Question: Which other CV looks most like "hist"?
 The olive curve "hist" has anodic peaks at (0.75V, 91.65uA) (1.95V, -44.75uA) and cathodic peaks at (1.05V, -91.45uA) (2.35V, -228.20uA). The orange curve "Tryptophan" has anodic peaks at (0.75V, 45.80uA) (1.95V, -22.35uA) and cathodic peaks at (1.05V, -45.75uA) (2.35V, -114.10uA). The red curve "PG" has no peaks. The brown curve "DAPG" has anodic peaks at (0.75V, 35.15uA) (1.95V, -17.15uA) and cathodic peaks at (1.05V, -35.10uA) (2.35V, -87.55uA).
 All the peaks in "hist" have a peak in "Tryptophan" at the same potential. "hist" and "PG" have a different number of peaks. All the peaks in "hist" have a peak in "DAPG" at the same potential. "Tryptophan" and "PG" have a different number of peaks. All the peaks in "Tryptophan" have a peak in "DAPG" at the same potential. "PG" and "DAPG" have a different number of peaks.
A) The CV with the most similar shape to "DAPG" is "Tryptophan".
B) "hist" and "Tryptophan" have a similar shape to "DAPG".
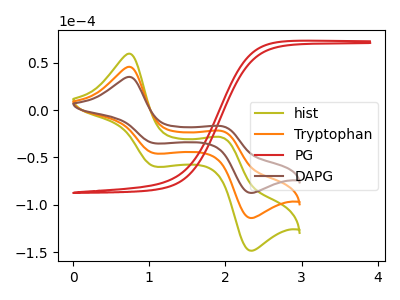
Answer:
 <answer>B) "hist" and "Tryptophan" have a similar shape to "DAPG".</answer>
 <eval>B</eval>